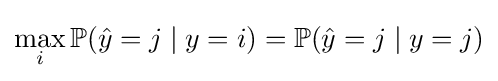
\max _{i}\mathbb {P} ({\hat {y}}=j\mid y=i)=\mathbb {P} ({\hat {y}}=j\mid y=j)